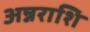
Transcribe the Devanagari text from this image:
अन्नराशि